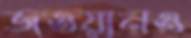
জওয়ানও